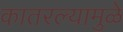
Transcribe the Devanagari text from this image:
कातरल्यामुळे